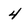
Character: 4